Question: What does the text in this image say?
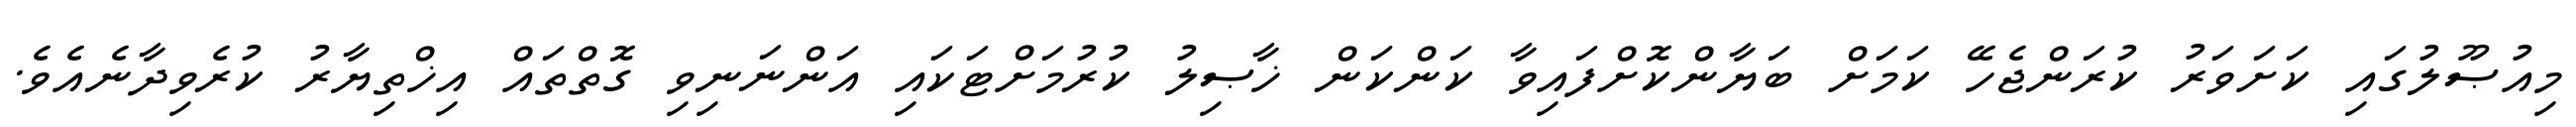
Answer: މިއުޞޫލުގައި ކަށަވަރު ކުރަންޖެހޭ ކަމަށް ބަޔާންކޮށްފައިވާ ކަންކަން ޚާޞިލު ކުރުމަށްޓަކައި އަންނަނިވި ގޮތްތައް އިޚްތިޔާރު ކުރެވިދާނެއެވެ.